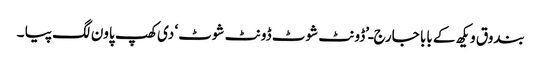
بندوق ویکھ کے بابا جارج ـ’ڈونٹ شوٹ ڈونٹ شوٹ‘ دی کھپ پاون لگ پیا ۔